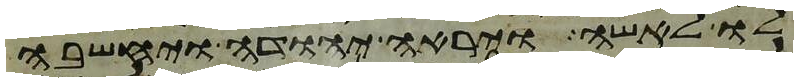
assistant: לו לאשה ויראה יהודה ויחשבה